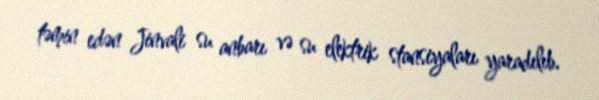
təmin edən Jinvali su anbarı və su elektrik stansiyaları yaradılıb.